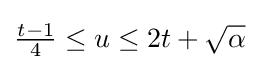
{\textstyle {\frac {t-1}{4}}\leq u\leq 2t+{\sqrt {\alpha }}}